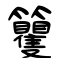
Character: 籰